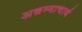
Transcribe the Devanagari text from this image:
अन्नम्माचार्य